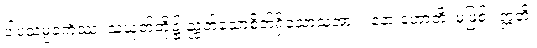
ပါပသမ္ပဝင်္ကဿ၊ သူယုတ်တို့၌ ညွတ်သောစိတ်ရှိသောသူအား။ နော ဟောတိ၊ မဖြစ်။ ဣတိ၊